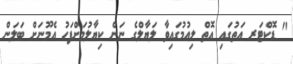
" ޑޮކްޓަރ އަތުގައި އޮތް ލިއުމުގައިވާ ލަޔާލްގެ ނަން ކިޔާލުމަށްފަހު އެމޫނަށް ބަލަން